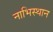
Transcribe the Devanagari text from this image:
नाभिस्थान